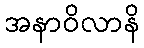
အနာဝိလာနိ